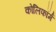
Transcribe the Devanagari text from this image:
कोलिफॉर्म